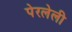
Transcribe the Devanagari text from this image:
पेरलेली